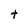
Character: t